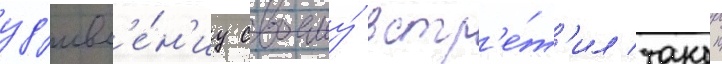
уд'ивл'е́н'иу своему́ встр'е́т'ил такои